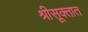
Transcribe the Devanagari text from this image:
श्रीसूक्तात